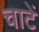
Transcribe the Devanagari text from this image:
चाटें